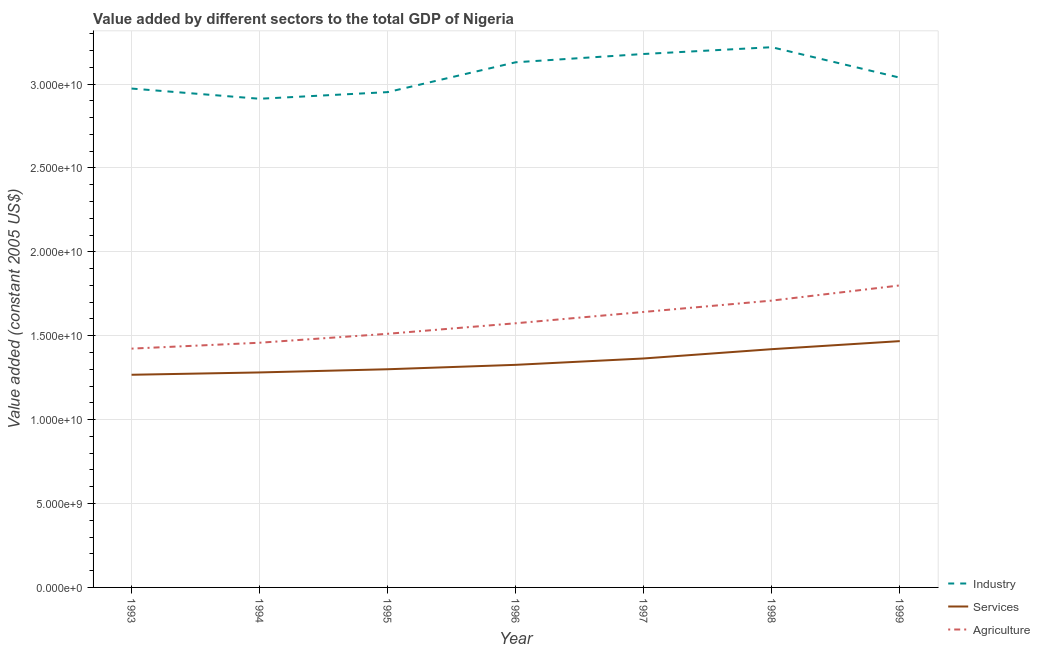
| Year | Industry | Services | Agriculture |
 | --- | --- | --- | --- |
 | 1993 | 2.97e+10 | 1.27e+10 | 1.42e+10 |
 | 1994 | 2.91e+10 | 1.28e+10 | 1.46e+10 |
 | 1995 | 2.95e+10 | 1.3e+10 | 1.51e+10 |
 | 1996 | 3.13e+10 | 1.33e+10 | 1.57e+10 |
 | 1997 | 3.18e+10 | 1.36e+10 | 1.64e+10 |
 | 1998 | 3.22e+10 | 1.42e+10 | 1.71e+10 |
 | 1999 | 3.04e+10 | 1.47e+10 | 1.8e+10 |